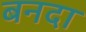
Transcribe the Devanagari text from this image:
बनदा